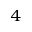
^ 4